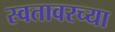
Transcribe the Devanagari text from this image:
स्वतावरच्या